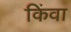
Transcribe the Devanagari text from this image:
किंवा